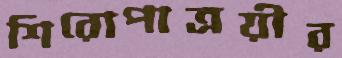
শিরোপাত্রয়ীর